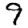
Digit: 9